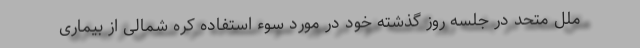
ملل متحد در جلسه روز گذشته خود در مورد سوء استفاده کره شمالی از بیماری